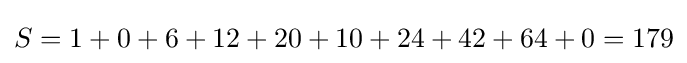
S=1+0+6+12+20+10+24+42+64+0=179